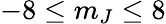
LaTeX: -8\leq m_{J}\leq 8